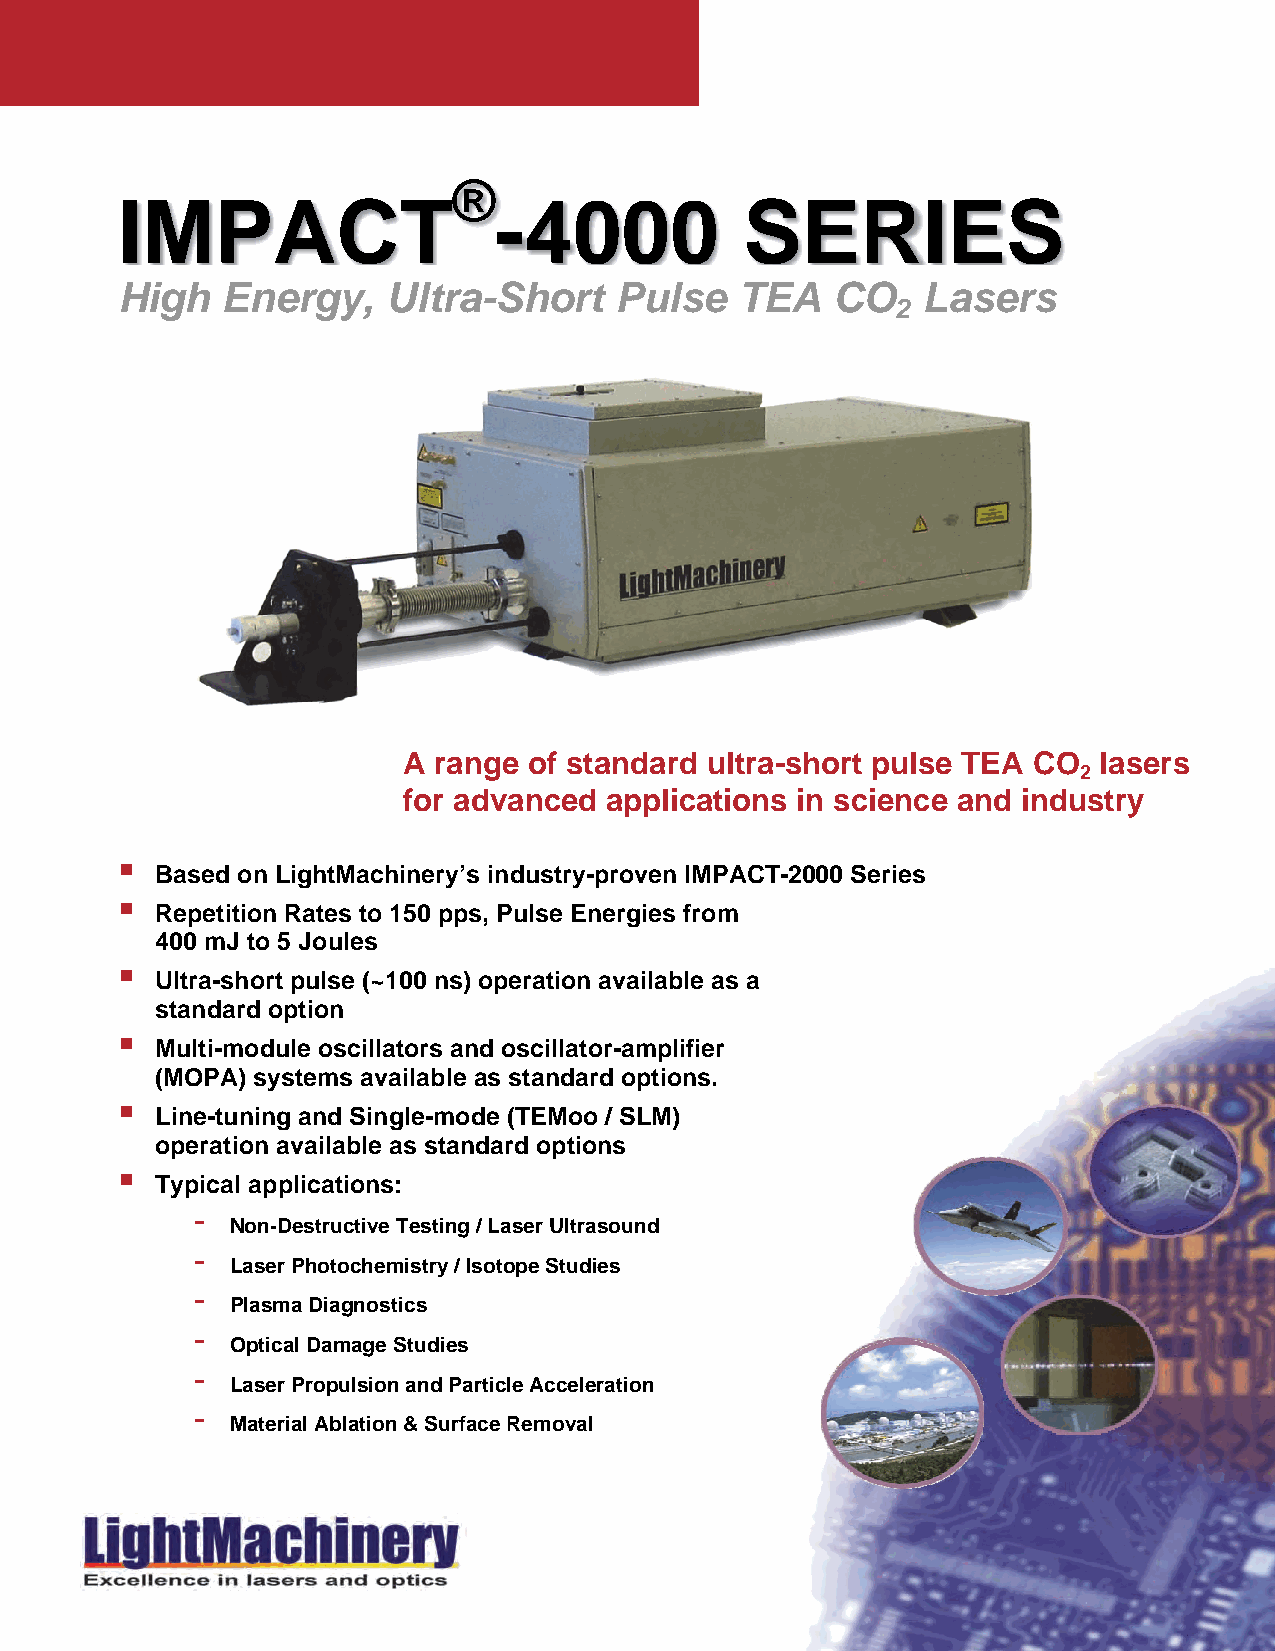
®
 IMPACT                   -4000           SERIES
 High   Energy,    Ultra-Short    Pulse   TEA   CO    Lasers
 2
 A range of standard ultra-short pulse TEA CO  lasers
 2
 for advanced applications in science and industry
 
 Based on LightMachinery’s industry-proven IMPACT-2000 Series
 
 Repetition Rates to 150 pps, Pulse Energies from
 400 mJ to 5 Joules
 
 Ultra-short pulse (~100 ns) operation available as a
 standard option
 
 Multi-module oscillators and oscillator-amplifier
 (MOPA) systems available as standard options.
 
 Line-tuning and Single-mode (TEMoo / SLM)
 operation available as standard options
 
 Typical applications:
 -
 Non-Destructive Testing / Laser Ultrasound
 -
 Laser Photochemistry / Isotope Studies
 -
 Plasma Diagnostics
 -
 Optical Damage Studies
 -
 Laser Propulsion and Particle Acceleration
 -
 Material Ablation & Surface Removal